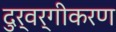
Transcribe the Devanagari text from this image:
दुर्वर्गीकरण